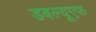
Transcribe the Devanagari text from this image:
डबल्यूएफ